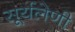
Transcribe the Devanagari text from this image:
सूर्यलेणी